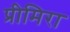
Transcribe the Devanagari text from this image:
प्रीमिरा